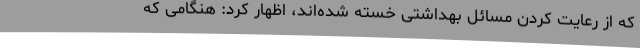
که از رعایت کردن مسائل بهداشتی خسته شده‌اند، اظهار کرد: هنگامی که